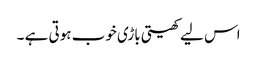
اس لیے کھیتی باڑی خوب ہوتی ہے ۔